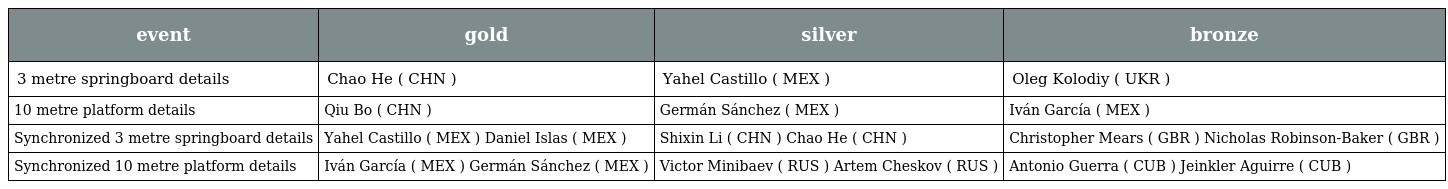
| event | gold | silver | bronze |
 | --- | --- | --- | --- |
 | 3 metre springboard details | Chao He ( CHN ) | Yahel Castillo ( MEX ) | Oleg Kolodiy ( UKR ) |
 | 10 metre platform details | Qiu Bo ( CHN ) | Germán Sánchez ( MEX ) | Iván García ( MEX ) |
 | Synchronized 3 metre springboard details | Yahel Castillo ( MEX ) Daniel Islas ( MEX ) | Shixin Li ( CHN ) Chao He ( CHN ) | Christopher Mears ( GBR ) Nicholas Robinson-Baker ( GBR ) |
 | Synchronized 10 metre platform details | Iván García ( MEX ) Germán Sánchez ( MEX ) | Victor Minibaev ( RUS ) Artem Cheskov ( RUS ) | Antonio Guerra ( CUB ) Jeinkler Aguirre ( CUB ) |